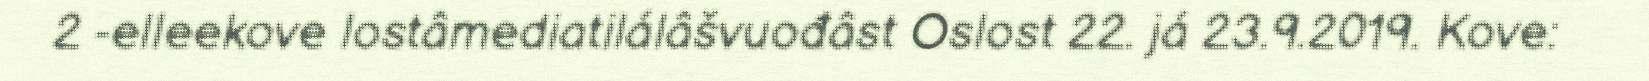
2 -elleekove lostâmediatilálâšvuođâst Oslost 22. já 23.9.2019. Kove: